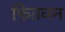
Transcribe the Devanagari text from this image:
फितव्य्न